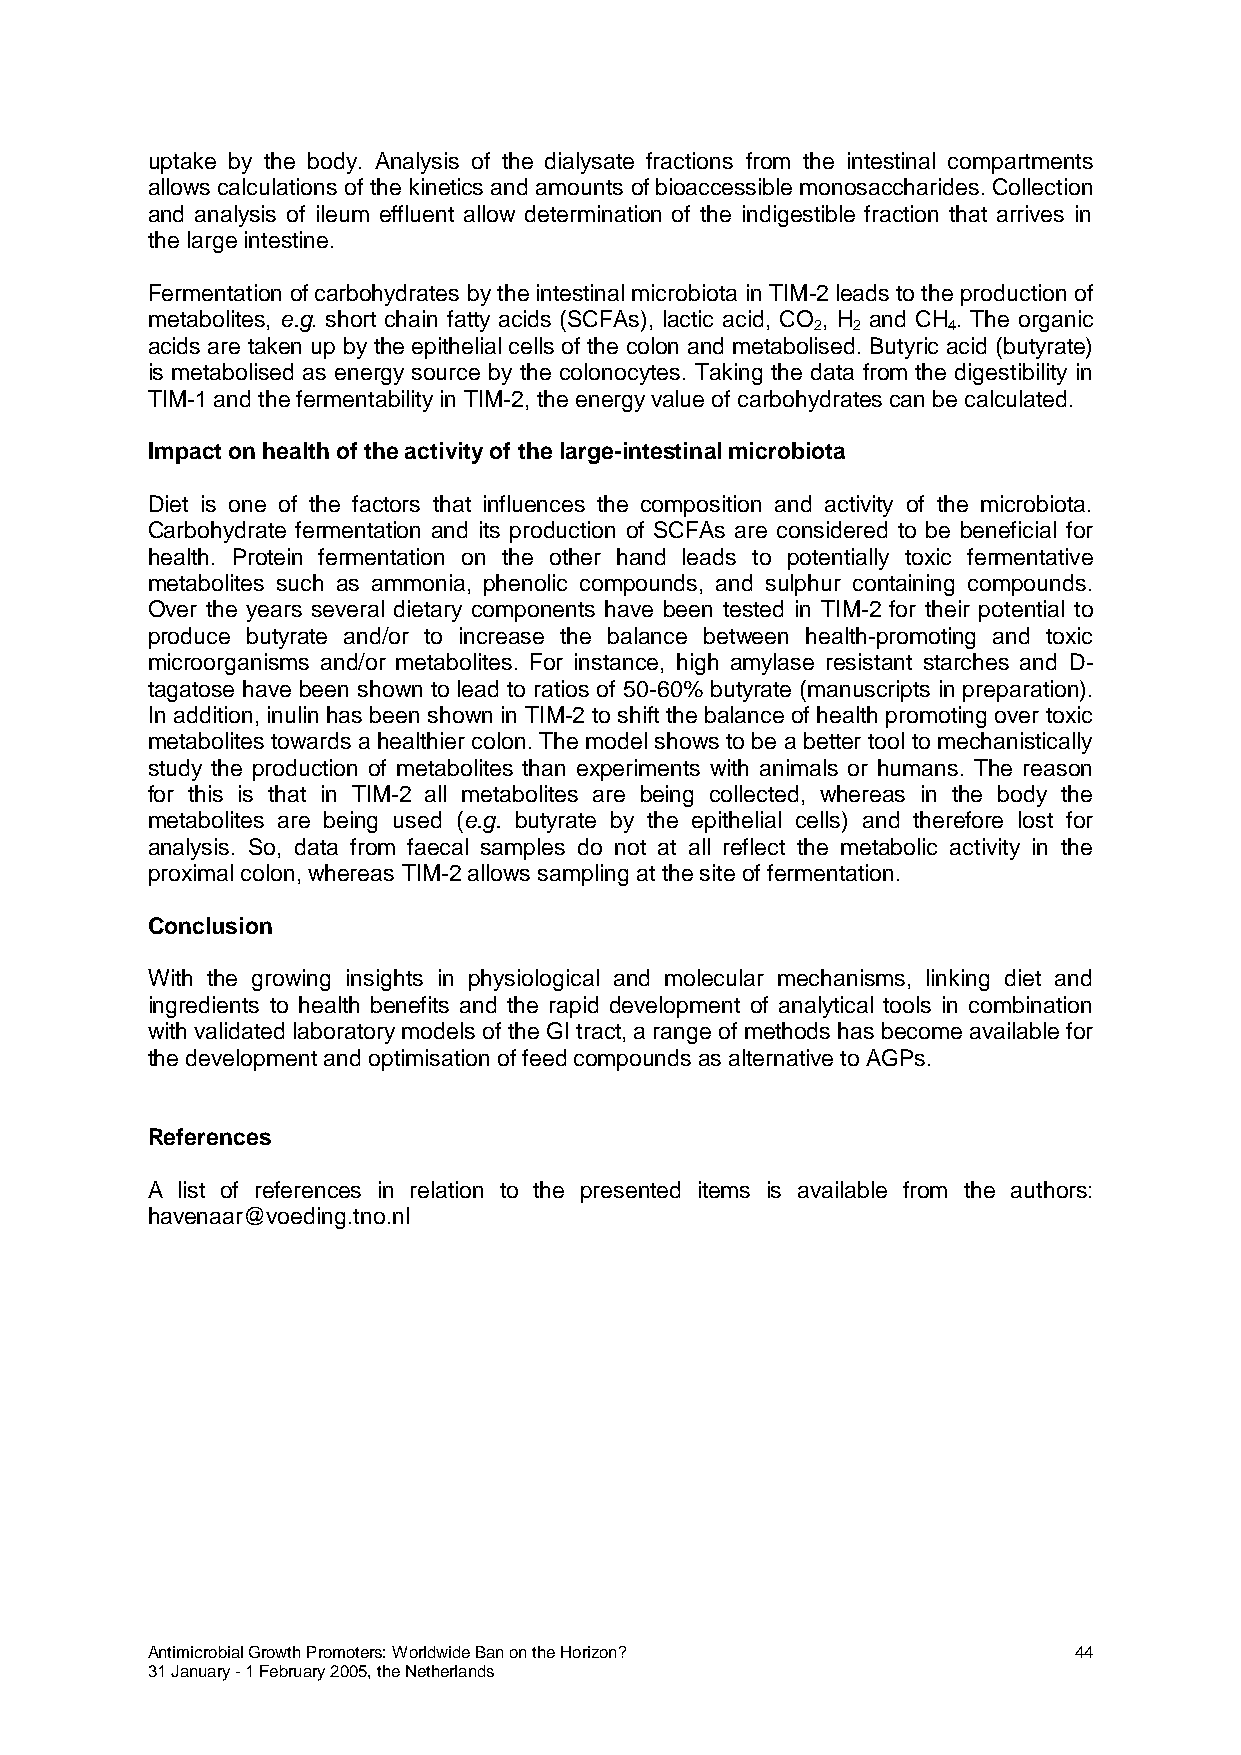
uptake by the body. Analysis of the dialysate fractions from the intestinal compartments
 allows calculations of the kinetics and amounts of bioaccessible monosaccharides. Collection
 and analysis of ileum effluent allow determination of the indigestible fraction that arrives in
 the large intestine.
 Fermentation of carbohydrates by the intestinal microbiota in TIM-2 leads to the production of
 metabolites, e.g. short chain fatty acids (SCFAs), lactic acid, CO , H and CH . The organic
 2 2      4
 acids are taken up by the epithelial cells of the colon and metabolised. Butyric acid (butyrate)
 is metabolised as energy source by the colonocytes. Taking the data from the digestibility in
 TIM-1 and the fermentability in TIM-2, the energy value of carbohydrates can be calculated.
 Impact on health of the activity of the large-intestinal microbiota
 Diet is one of the factors that influences the composition and activity of the microbiota.
 Carbohydrate fermentation and its production of SCFAs are considered to be beneficial for
 health. Protein fermentation on the other hand leads to potentially toxic fermentative
 metabolites such as ammonia, phenolic compounds, and sulphur containing compounds.
 Over the years several dietary components have been tested in TIM-2 for their potential to
 produce butyrate and/or to increase the balance between health-promoting and toxic
 microorganisms and/or metabolites. For instance, high amylase resistant starches and D-
 tagatose have been shown to lead to ratios of 50-60% butyrate (manuscripts in preparation).
 In addition, inulin has been shown in TIM-2 to shift the balance of health promoting over toxic
 metabolites towards a healthier colon. The model shows to be a better tool to mechanistically
 study the production of metabolites than experiments with animals or humans. The reason
 for this is that in TIM-2 all metabolites are being collected, whereas in the body the
 metabolites are being used (e.g. butyrate by the epithelial cells) and therefore lost for
 analysis. So, data from faecal samples do not at all reflect the metabolic activity in the
 proximal colon, whereas TIM-2 allows sampling at the site of fermentation.
 Conclusion
 With the growing insights in physiological and molecular mechanisms, linking diet and
 ingredients to health benefits and the rapid development of analytical tools in combination
 with validated laboratory models of the GI tract, a range of methods has become available for
 the development and optimisation of feed compounds as alternative to AGPs.
 References
 A list of references in relation to the presented items is available from the authors:
 havenaar@voeding.tno.nl
 Antimicrobial Growth Promoters: Worldwide Ban on the Horizon? 44
 31 January - 1 February 2005, the Netherlands